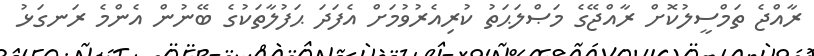
ރާއްޖެ ތަމްސީލުކޮށް ރާއްޖޭގެ މަޞްލަޙަތު ކުރިއެރުވުމަށް އެފަދަ ޙަފުލާތަކުގެ ބޭނުން އެންމެ ރަނގަޅު